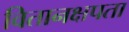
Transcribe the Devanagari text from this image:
वितानक्षपता